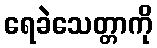
ရေခဲသေတ္တာကို